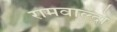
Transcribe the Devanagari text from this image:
रामवाल्दो